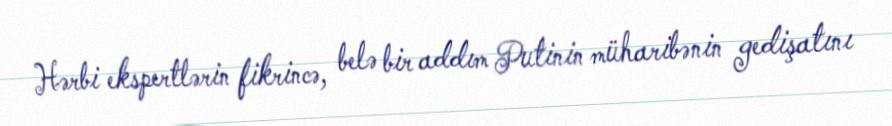
Hərbi ekspertlərin fikrincə, belə bir addım Putinin müharibənin gedişatını